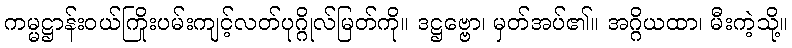
ကမ္မဋ္ဌာန်းဝယ်ကြိုးပမ်းကျင့်လတ်ပုဂ္ဂိုလ်မြတ်ကို။ ဒဋ္ဌဗ္ဗော၊ မှတ်အပ်၏။ အဂ္ဂိယထာ၊ မီးကဲ့သို့။